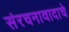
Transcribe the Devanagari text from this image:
संरचनावादाचे